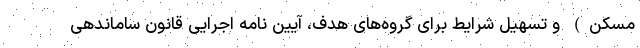
مسکن) و تسهیل شرایط برای گروه‌های هدف، آیین نامه اجرایی قانون ساماندهی